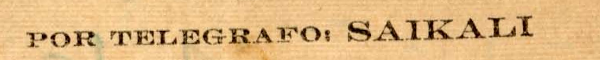
POR TELEGRAFO SAIKALI